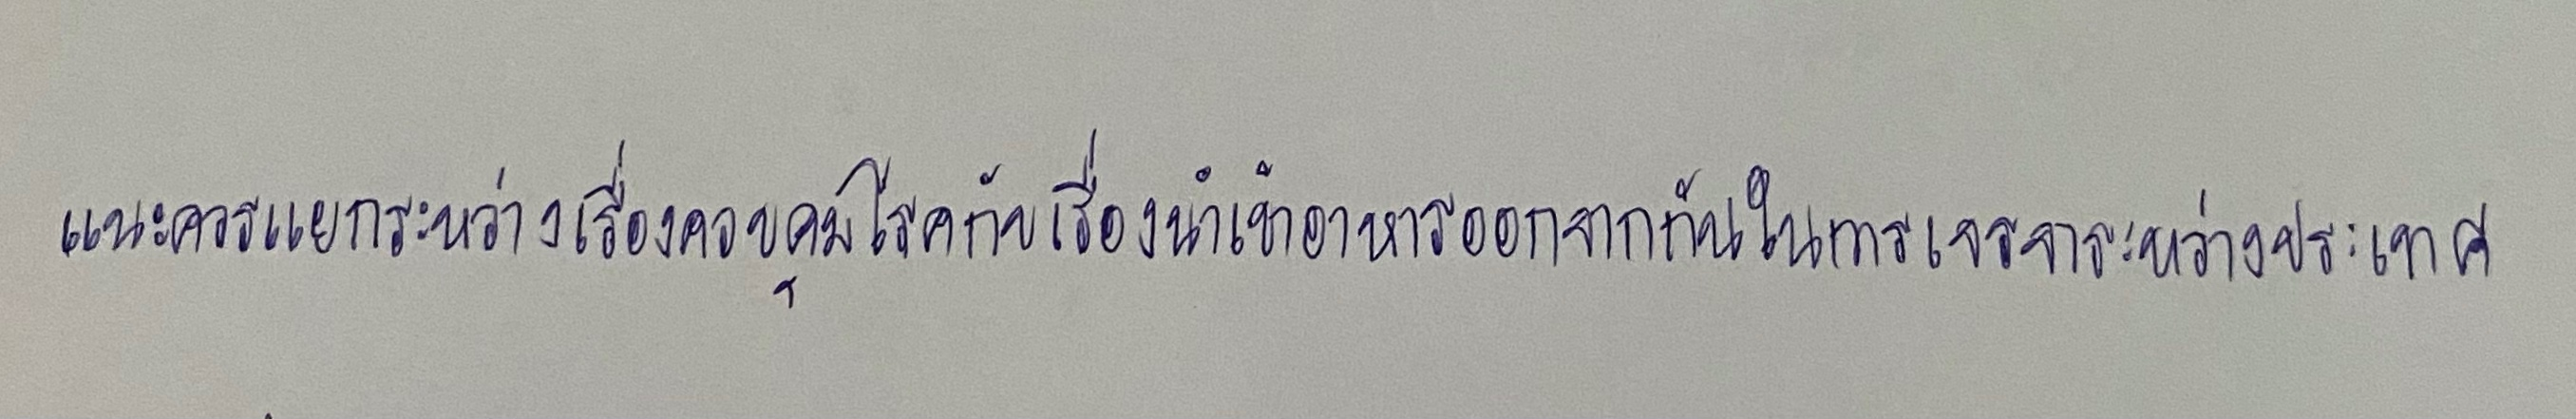
แนะควรแยกระหว่างเรื่องควบคุมโรคกับเรื่องนำเข้าอาหารออกจากกันในการเจรจาระหว่างประเทศ